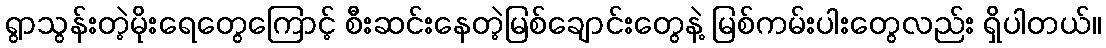
ရွာသွန်းတဲ့မိုးရေတွေကြောင့် စီးဆင်းနေတဲ့မြစ်ချောင်းတွေနဲ့ မြစ်ကမ်းပါးတွေလည်း ရှိပါတယ်။